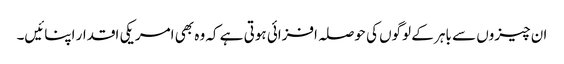
ان چیزوں سے باہر کے لوگوں کی حوصلہ افزائی ہوتی ہے کہ وہ بھی امریکی اقدار اپنائیں۔